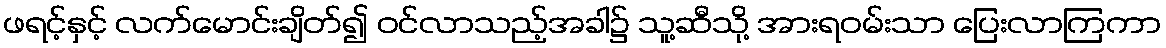
ဖရင့်နှင့် လက်မောင်းချိတ်၍ ဝင်လာသည့်အခါ၌ သူ့ဆီသို့ အားရဝမ်းသာ ပြေးလာကြကာ